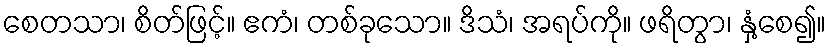
စေတသာ၊ စိတ်ဖြင့်။ ဧကံ၊ တစ်ခုသော။ ဒိသံ၊ အရပ်ကို။ ဖရိတွာ၊ နှံ့စေ၍။